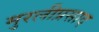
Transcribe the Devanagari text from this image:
मुरलीप्रसाद